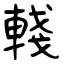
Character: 輚